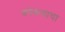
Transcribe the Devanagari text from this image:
कोंकणाचा